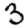
Digit: 3